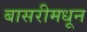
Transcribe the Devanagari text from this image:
बासरीमधून